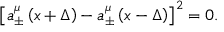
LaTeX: \left[ a _ { \pm } ^ { \mu } \left( x + \Delta \right) - a _ { \pm } ^ { \mu } \left( x - \Delta \right) \right] ^ { 2 } = 0 .